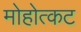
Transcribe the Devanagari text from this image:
मोहोत्कट